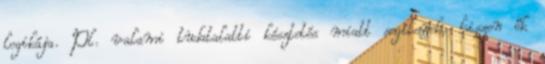
logikája. Pl. valami tudatalatti késztetés miatt segítenek, hiszen ők